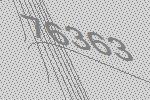
76363